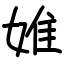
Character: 婎